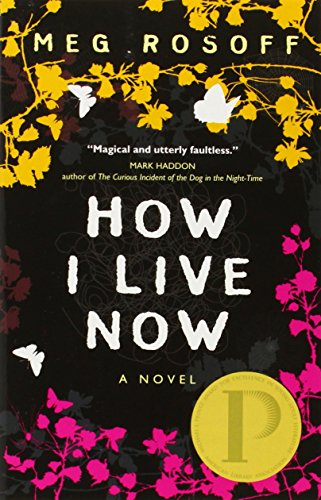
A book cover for How I Live Now; Meg Rosoff; Teen & Young Adult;